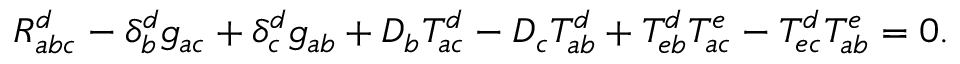
R _ { a b c } ^ { d } - \delta _ { b } ^ { d } g _ { a c } + \delta _ { c } ^ { d } g _ { a b } + D _ { b } T _ { a c } ^ { d } - D _ { c } T _ { a b } ^ { d } + T _ { e b } ^ { d } T _ { a c } ^ { e } - T _ { e c } ^ { d } T _ { a b } ^ { e } = 0 .